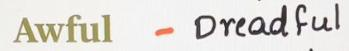
Awful - Dreadful